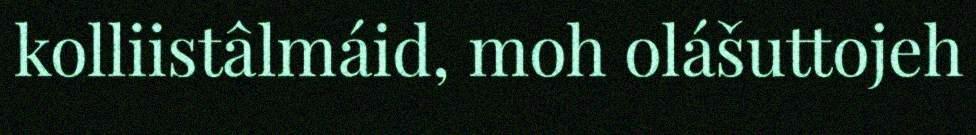
kolliistâlmáid, moh olášuttojeh